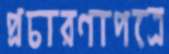
প্রচারণাপত্রে